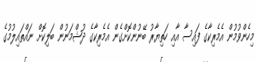
މިހެންވުމުން އެމެރިކާގެ ފައިސާ އާއި ހަތިޔާރު ބޭނުންކޮށްގެން އެމެރިކާގެ ދުޝްމަނުން ބަލިކޮށް ނައްތައިލުމުގެ